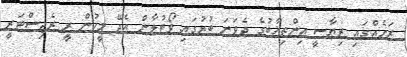
ރަށެއްގައި ރިޔާސީ އިންތިޚާބުގެ ދެވަނަ ބުރުގައި ވޯޓުލާން އެދޭ މީހުން ރީ ރެޖިސްޓަރީ